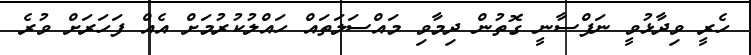
ހެރީ ވިދާޅުވީ ނަފްސާނީ ގޮތުން ދިމާވި މައްސަލަތައް ހައްލުކުރުމަށް އެއް ފަހަރަށް ވުރެ